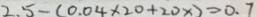
2 . 5 - ( 0 . 0 4 \times 2 0 + 2 0 x ) = 0 . 7